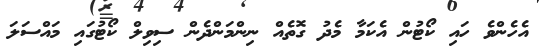
އެހެންވެ ހައި ކޯޓުން އެކަމާ މެދު ގޮތެއް ނިންމަންދެން ސިވިލް ކޯޓުގައި މައްސަލަ